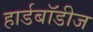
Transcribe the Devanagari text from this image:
हार्डबॉडीज